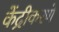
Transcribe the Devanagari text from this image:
केंद्रीकरणे